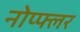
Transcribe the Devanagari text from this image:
नोप्फ्लर